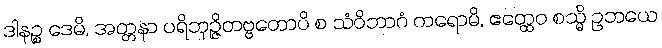
ဒါနဉ္စ ဒေမိ, အတ္တနာ ပရိဘုဉ္ဇိတဗ္ဗတောပိ စ သံဝိဘာဂံ ကရောမိ, ဧတ္ထေဝ စသ္မိ ဥဘယေ